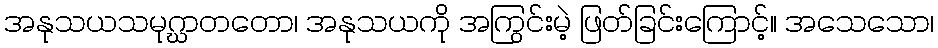
အနုသယသမုဂ္ဃာတတော၊ အနုသယကို အကြွင်းမဲ့ ဖြတ်ခြင်းကြောင့်။ အသေသော၊